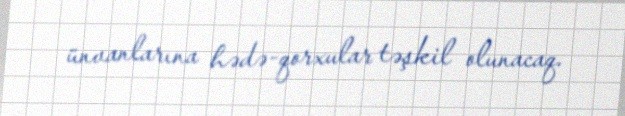
ünvanlarına hədə-qorxular təşkil olunacaq.